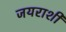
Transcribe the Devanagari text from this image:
जयराशी